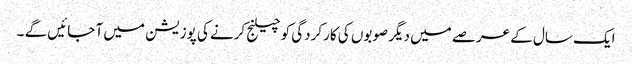
ایک سال کے عرصے میں دیگر صوبوں کی کارکردگی کو چیلنج کرنے کی پوزیشن میں آ جائیں گے ۔